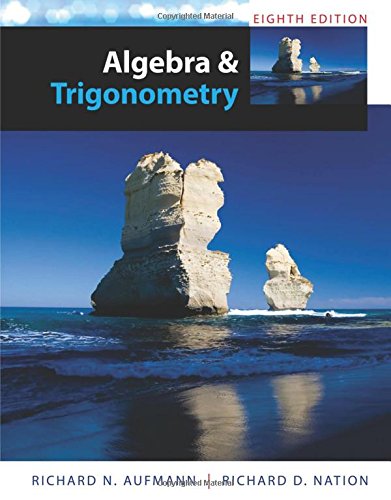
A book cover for Algebra and Trigonometry; Richard N. Aufmann; Science & Math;